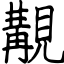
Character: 覯